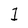
Character: 1